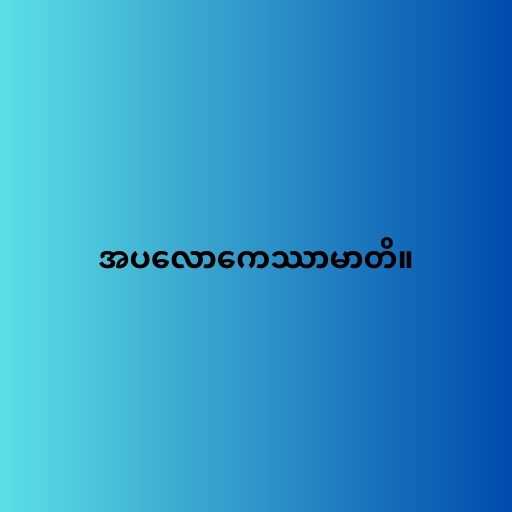
အပလောကေဿာမာတိ။